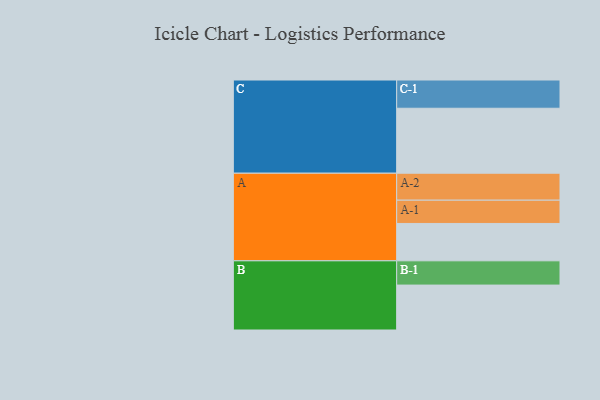
{"axis": {"x": "Segment", "y": "Value"}, "legend": ["", "A", "B", "C"], "data": [{"x": "A", "y": 345, "type": ""}, {"x": "B", "y": 415, "type": ""}, {"x": "C", "y": 600, "type": ""}, {"x": "A-1", "y": 215, "type": "A"}, {"x": "A-2", "y": 249, "type": "A"}, {"x": "B-1", "y": 224, "type": "B"}, {"x": "C-1", "y": 261, "type": "C"}]}